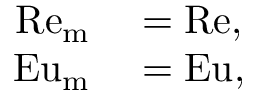
\begin{array} { r l } { \mathrm { R e } _ { \mathrm { m } } } & { { } = \mathrm { R e } , } \\ { \mathrm { E u } _ { \mathrm { m } } } & { { } = \mathrm { E u } , } \end{array}